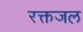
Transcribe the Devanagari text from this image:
रक्तजल